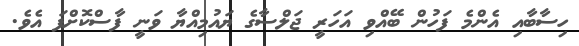
ހިސާބާއި އެންމެ ފަހުން ބޭއްވި އަހަރީ ޖަލްސާގެ ޔައުމިއްޔާ ވަނީ ފާސްކޮށްފަ އެވެ.